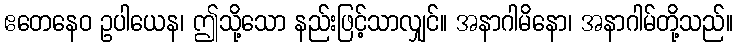
ဧတေနေဝ ဥပါယေန၊ ဤသို့သော နည်းဖြင့်သာလျှင်။ အနာဂါမိနော၊ အနာဂါမ်တို့သည်။